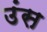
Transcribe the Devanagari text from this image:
उंस